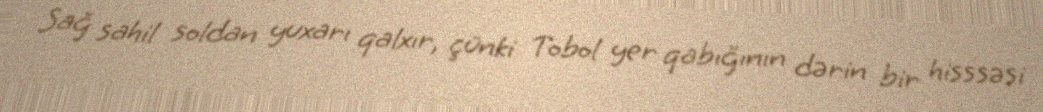
Sağ sahil soldan yuxarı qalxır, çünki Tobol yer qabığının dərin bir hisssəsi